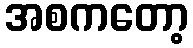
အစကတော့